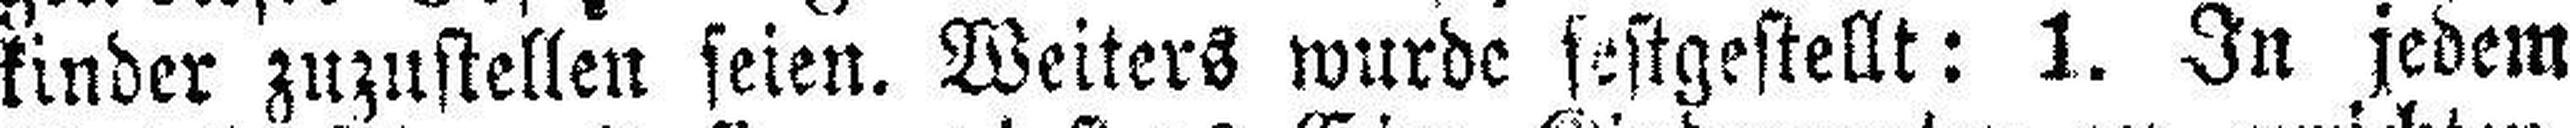
kinder zuzustellen seien. Weiters wurde festgestellt: 1. In jedem